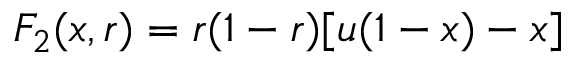
F _ { 2 } ( x , r ) = r ( 1 - r ) [ u ( 1 - x ) - x ]